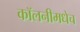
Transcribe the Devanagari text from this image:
कॉलनीमधेच